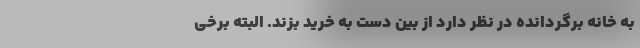
به خانه برگردانده در نظر دارد از بین دست به خرید بزند. البته برخی